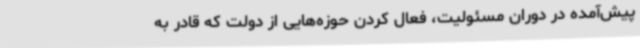
پیش‌آمده در دوران مسئولیت، فعال کردن حوزه‌هایی از دولت که قادر به